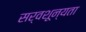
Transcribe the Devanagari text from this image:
सर्वशून्यता